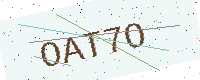
Text: OAT7O